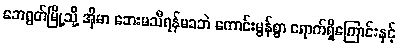
ဘေရွတ်မြို့သို့ အိုမာ ဘေးမသီရန်မခဘဲ ကောင်းမွန်စွာ ရောက်ရှိကြောင်းနှင့်